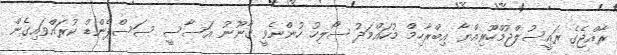
ރާއްޖެގެ ރައީސުލްޖުމްހޫރިއްޔާ އިބްރާހިމް މުހައްމަދު ސޯލިހު ހުންނެވީ ޤާނޫނު އަސާސީ ސަސްޕެންޑް ކުރައްވައިގެން